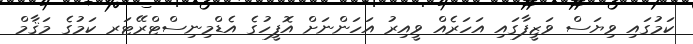
ކަމުގައި ވިޔަސް ވަޒީފާގައި އަހަރެއް ވީއިރު އަހަންނަށް އޮފީހުގެ އެޑްމިނިސްޓްރޭޓަރ ކަމުގެ މަޤާމް